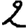
Digit: 2